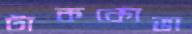
টাককোভা